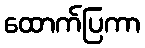
ထောက်ပြကာ